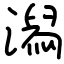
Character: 潟